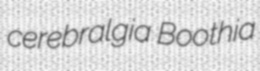
cerebralgia Boothia